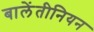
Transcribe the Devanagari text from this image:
बालेंतीनियन